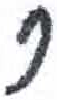
אות: ר